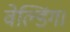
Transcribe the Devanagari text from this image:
वेल्डिंग।